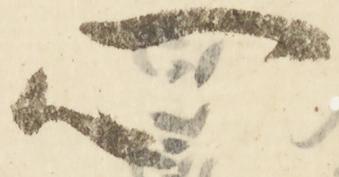
心